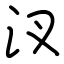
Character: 汊